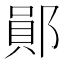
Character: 鄖